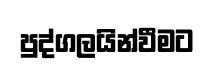
පුද්ගලයින්වීමට